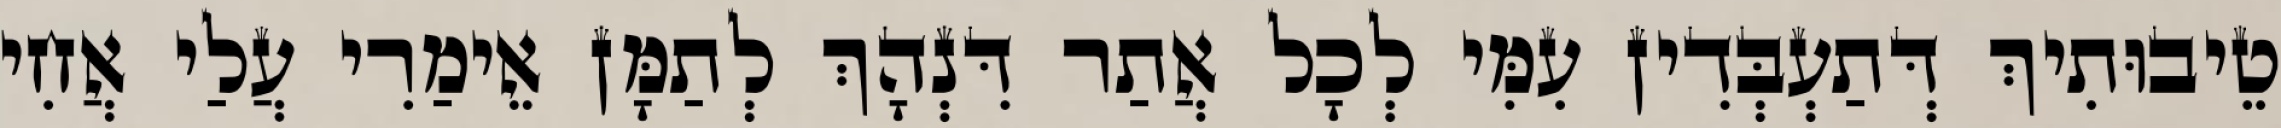
טֵיבוּתִיךְ דְּתַעְבְּדִין עִמִּי לְכָל אֲתַר דִּנְהָךְ לְתַמָּן אֵימַרִי עֲלַי אֲחִי